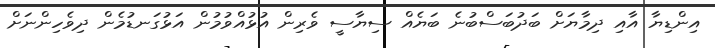
އިންޑިޔާ އާއި ދިމާޔަށް ބަދުބަސްބުނެ ބަޔެއް ސިޔާސީ ވެރިން އުޅުއްވުމުން އަޅުގަނޑުމެން ދިވެހިންނަށް